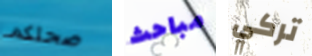
صحتكم مباحث تركي